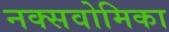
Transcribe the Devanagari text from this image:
नक्सवोमिका